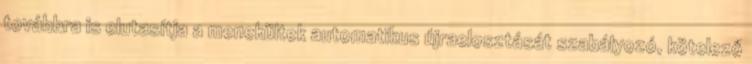
továbbra is elutasítja a menekültek automatikus újraelosztását szabályozó, kötelező